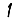
Digit: 1